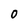
Character: 0